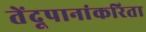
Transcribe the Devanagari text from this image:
तेंदूपानांकरिता